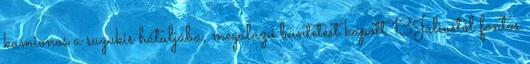
kamionos a suzukis hátuljába, megalázó büntetést kapott 13Júliustól fontos